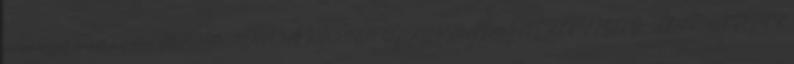
önkormányzati rendelete. a sportról MIHÁLYHÁZA KÖZSÉG ÖNKORMÁNYZAT KÉPVISELŐ- TESTÜLETÉNEK